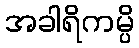
အခါရိကမ္ပိ